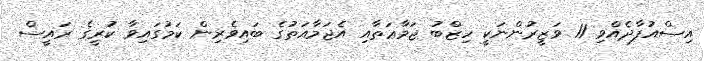
އިސްއުފާދެއްވި 11 ވަޒީރުންނަކީ ހިޒްބު ޖަމާޢަތާއި އެޖަމާއަތުގެ ބައިވެރިން ކަމުގައިވާ ކުރީގެ ރައީސް